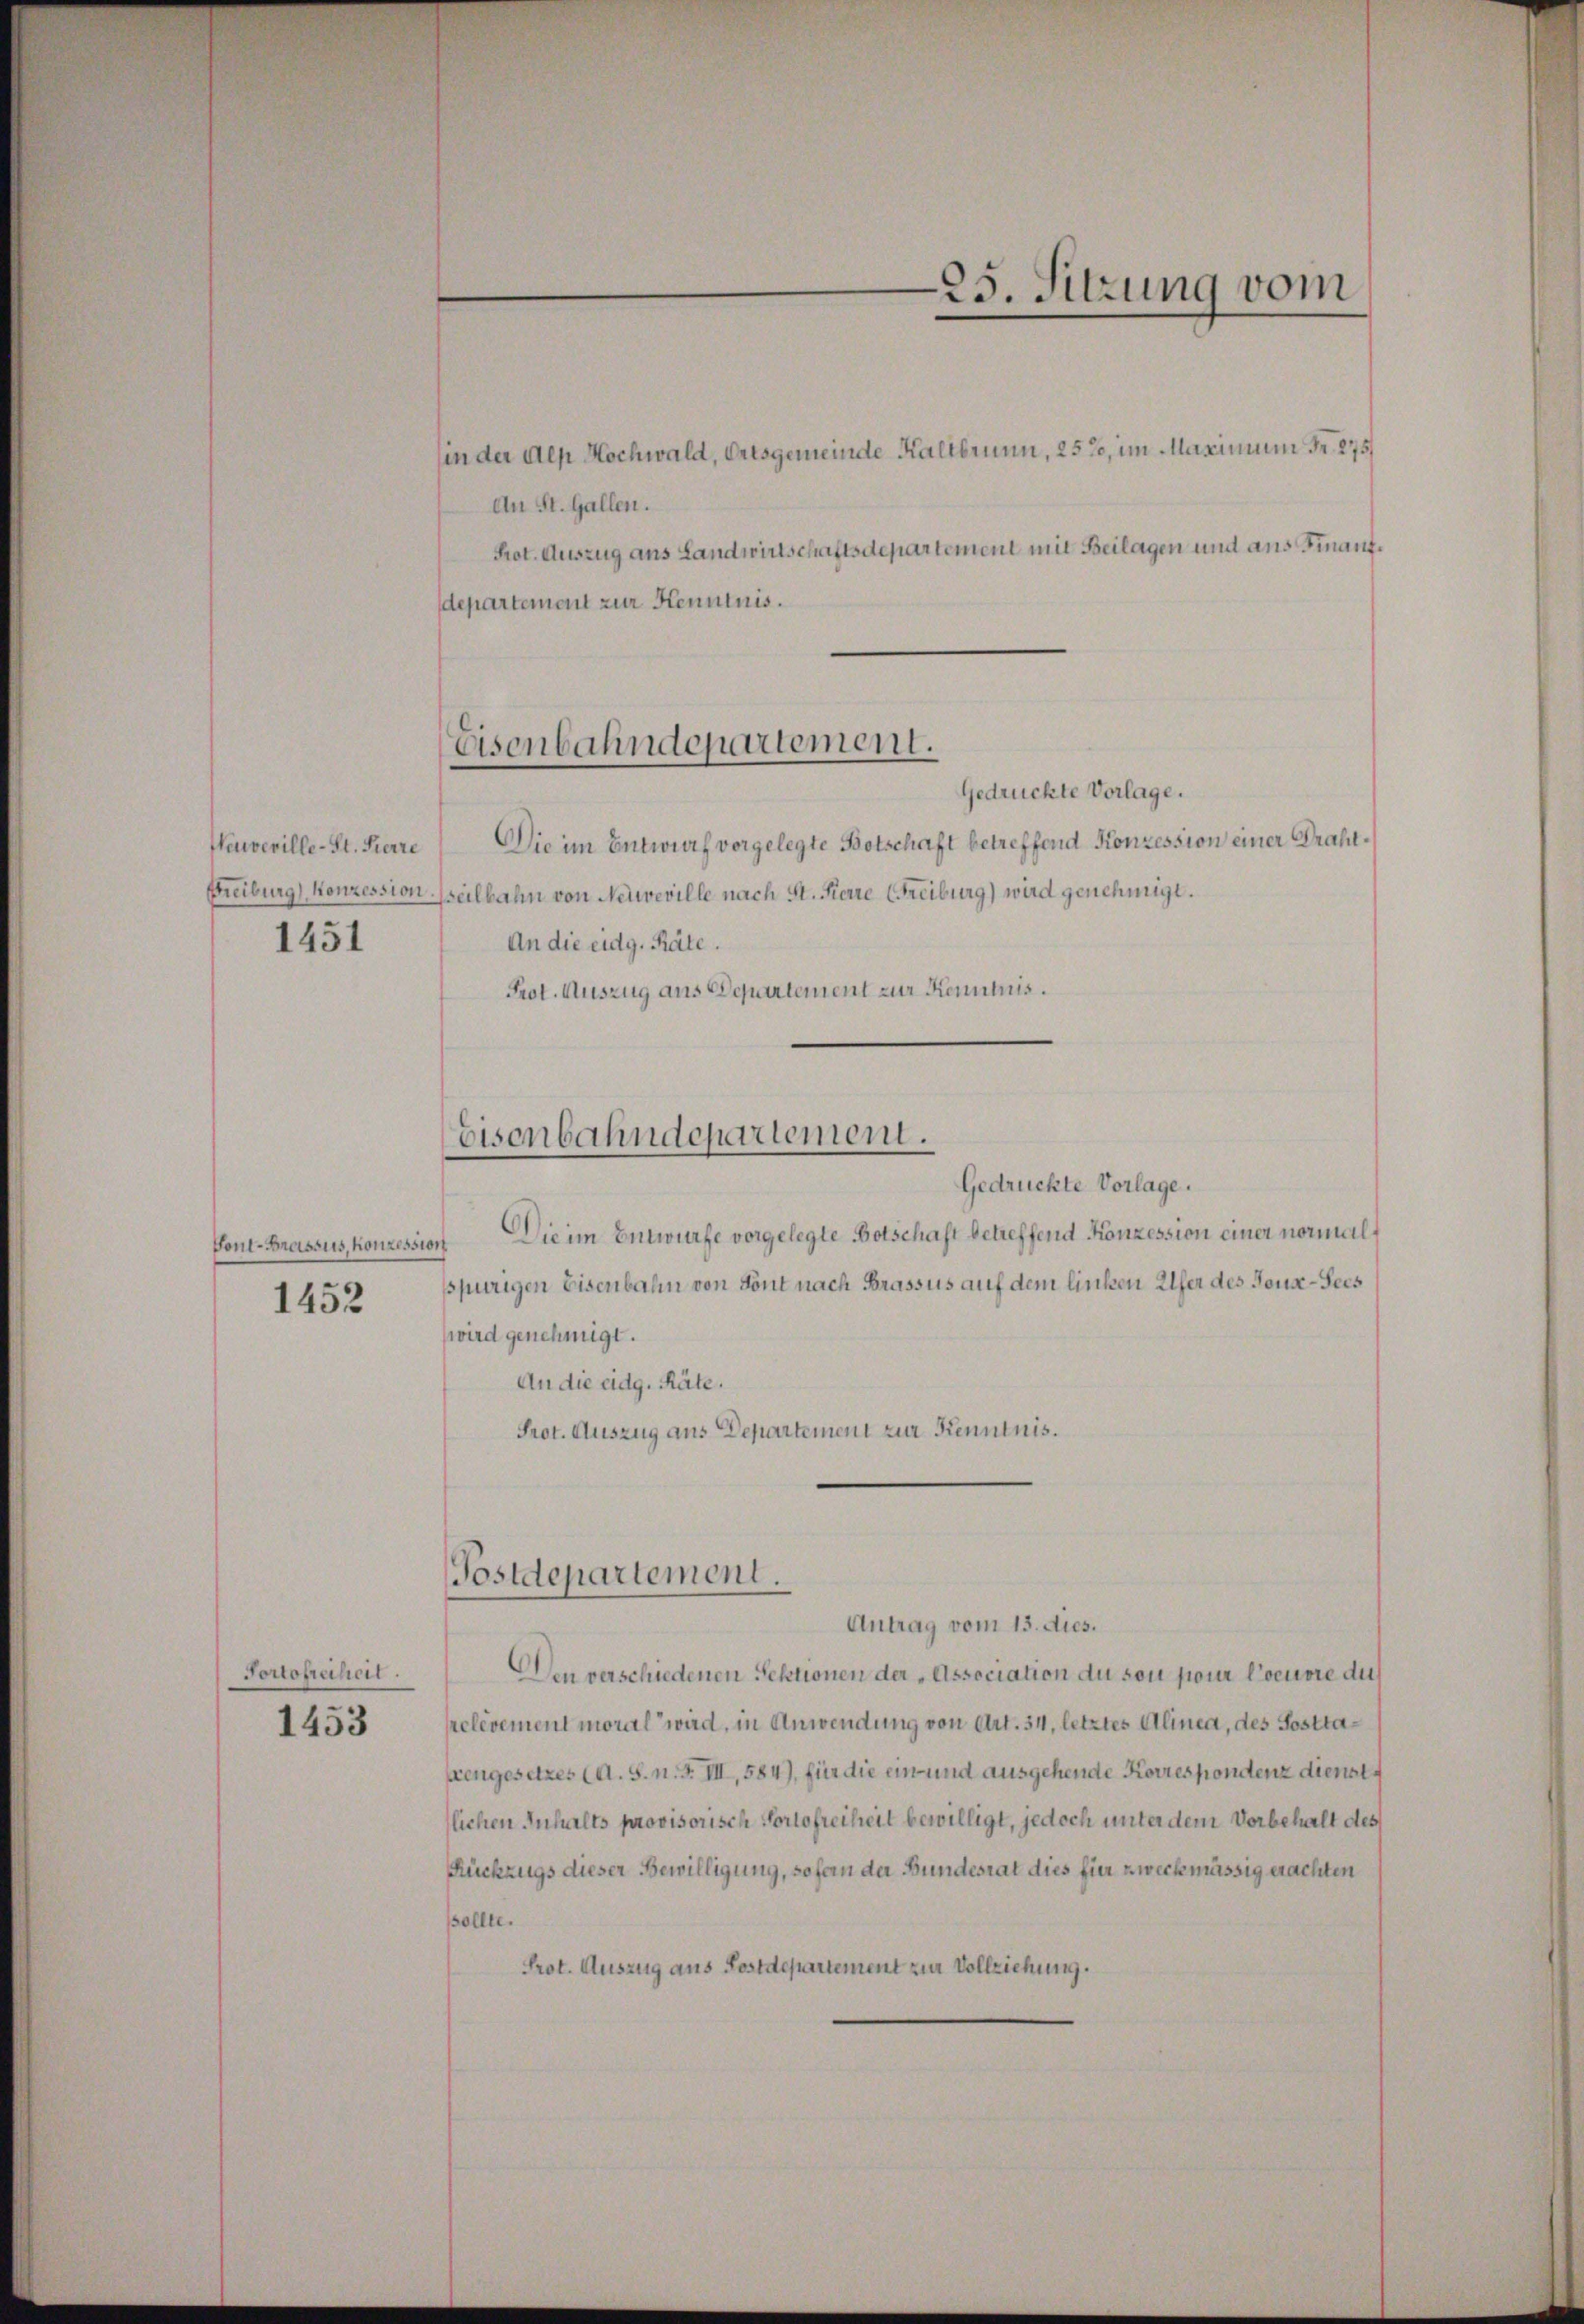
Neuveville-St. Pierre
1451

Fonl-Brassus, Konzession
1452

Portofreiheit.

1453

(in der Alp Hochwald, Ortsgemeinde Kaltbrunn, 257, im Maximum Fr. 275
An St. Gallen.
Prot. Auszug aus Landwirtschaftsdepartement mit Beilagen und aus Finanzdepartement zur Kenntnis.

Gedrückte Vorlage.
Die im Entwurf vorgelegte Botschaft betreffend Konzession einer Grahl¬
Freiburg) Konzession seilbahn von Neuveville nach St. Pierre (Freiburg) wird genehmigt.
An die eidg. Räte.
Prot. Auszug aus Departement zur Kenntnis.

Gedrückte Vorlage.
Die im Entwurfe vorgelegte Botschaft betreffend Konzession einer normalspurigen Eisenbahn von Sont nach Brassus auf dem linken Ufer des Joux-Pers
wird genehmigt.
An die eidg. Räte,
Prot. Auszug aus Departement zur Kenntnis.

Eisenbahndepartement.

bisenbahndepartement.

Postdepartement.
Antrag vom 13. dies.

.
25. Sitzung vom

Den verschiedenen Sektionen der „Association du son pour l’oeuvre dies
prelevement moral wird, in Anwendung von Art. 34, letztes Alinea, des Sosttaprengesetzes (A. S. n. F. III, 584), für die ein und ausgehende Korrespondenz dienst
flichen Inhalts provisorisch Portofreiheit bewilligt, jedoch unter dem Vorbehalt des
Rückzugs dieser Bewilligung, sofern der Bundesrat dies für zweckmässig erachten
sollte.
Prot. Auszug aus Postdepartement zur Vollziehung.